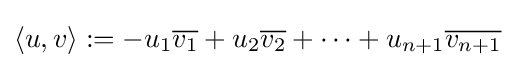
\langle u,v\rangle :=-u_{1}{\overline {v_{1}}}+u_{2}{\overline {v_{2}}}+\dots +u_{n+1}{\overline {v_{n+1}}}